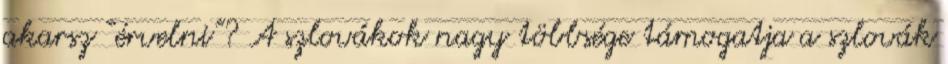
akarsz “érvelni”? A szlovákok nagy többsége támogatja a szlovák